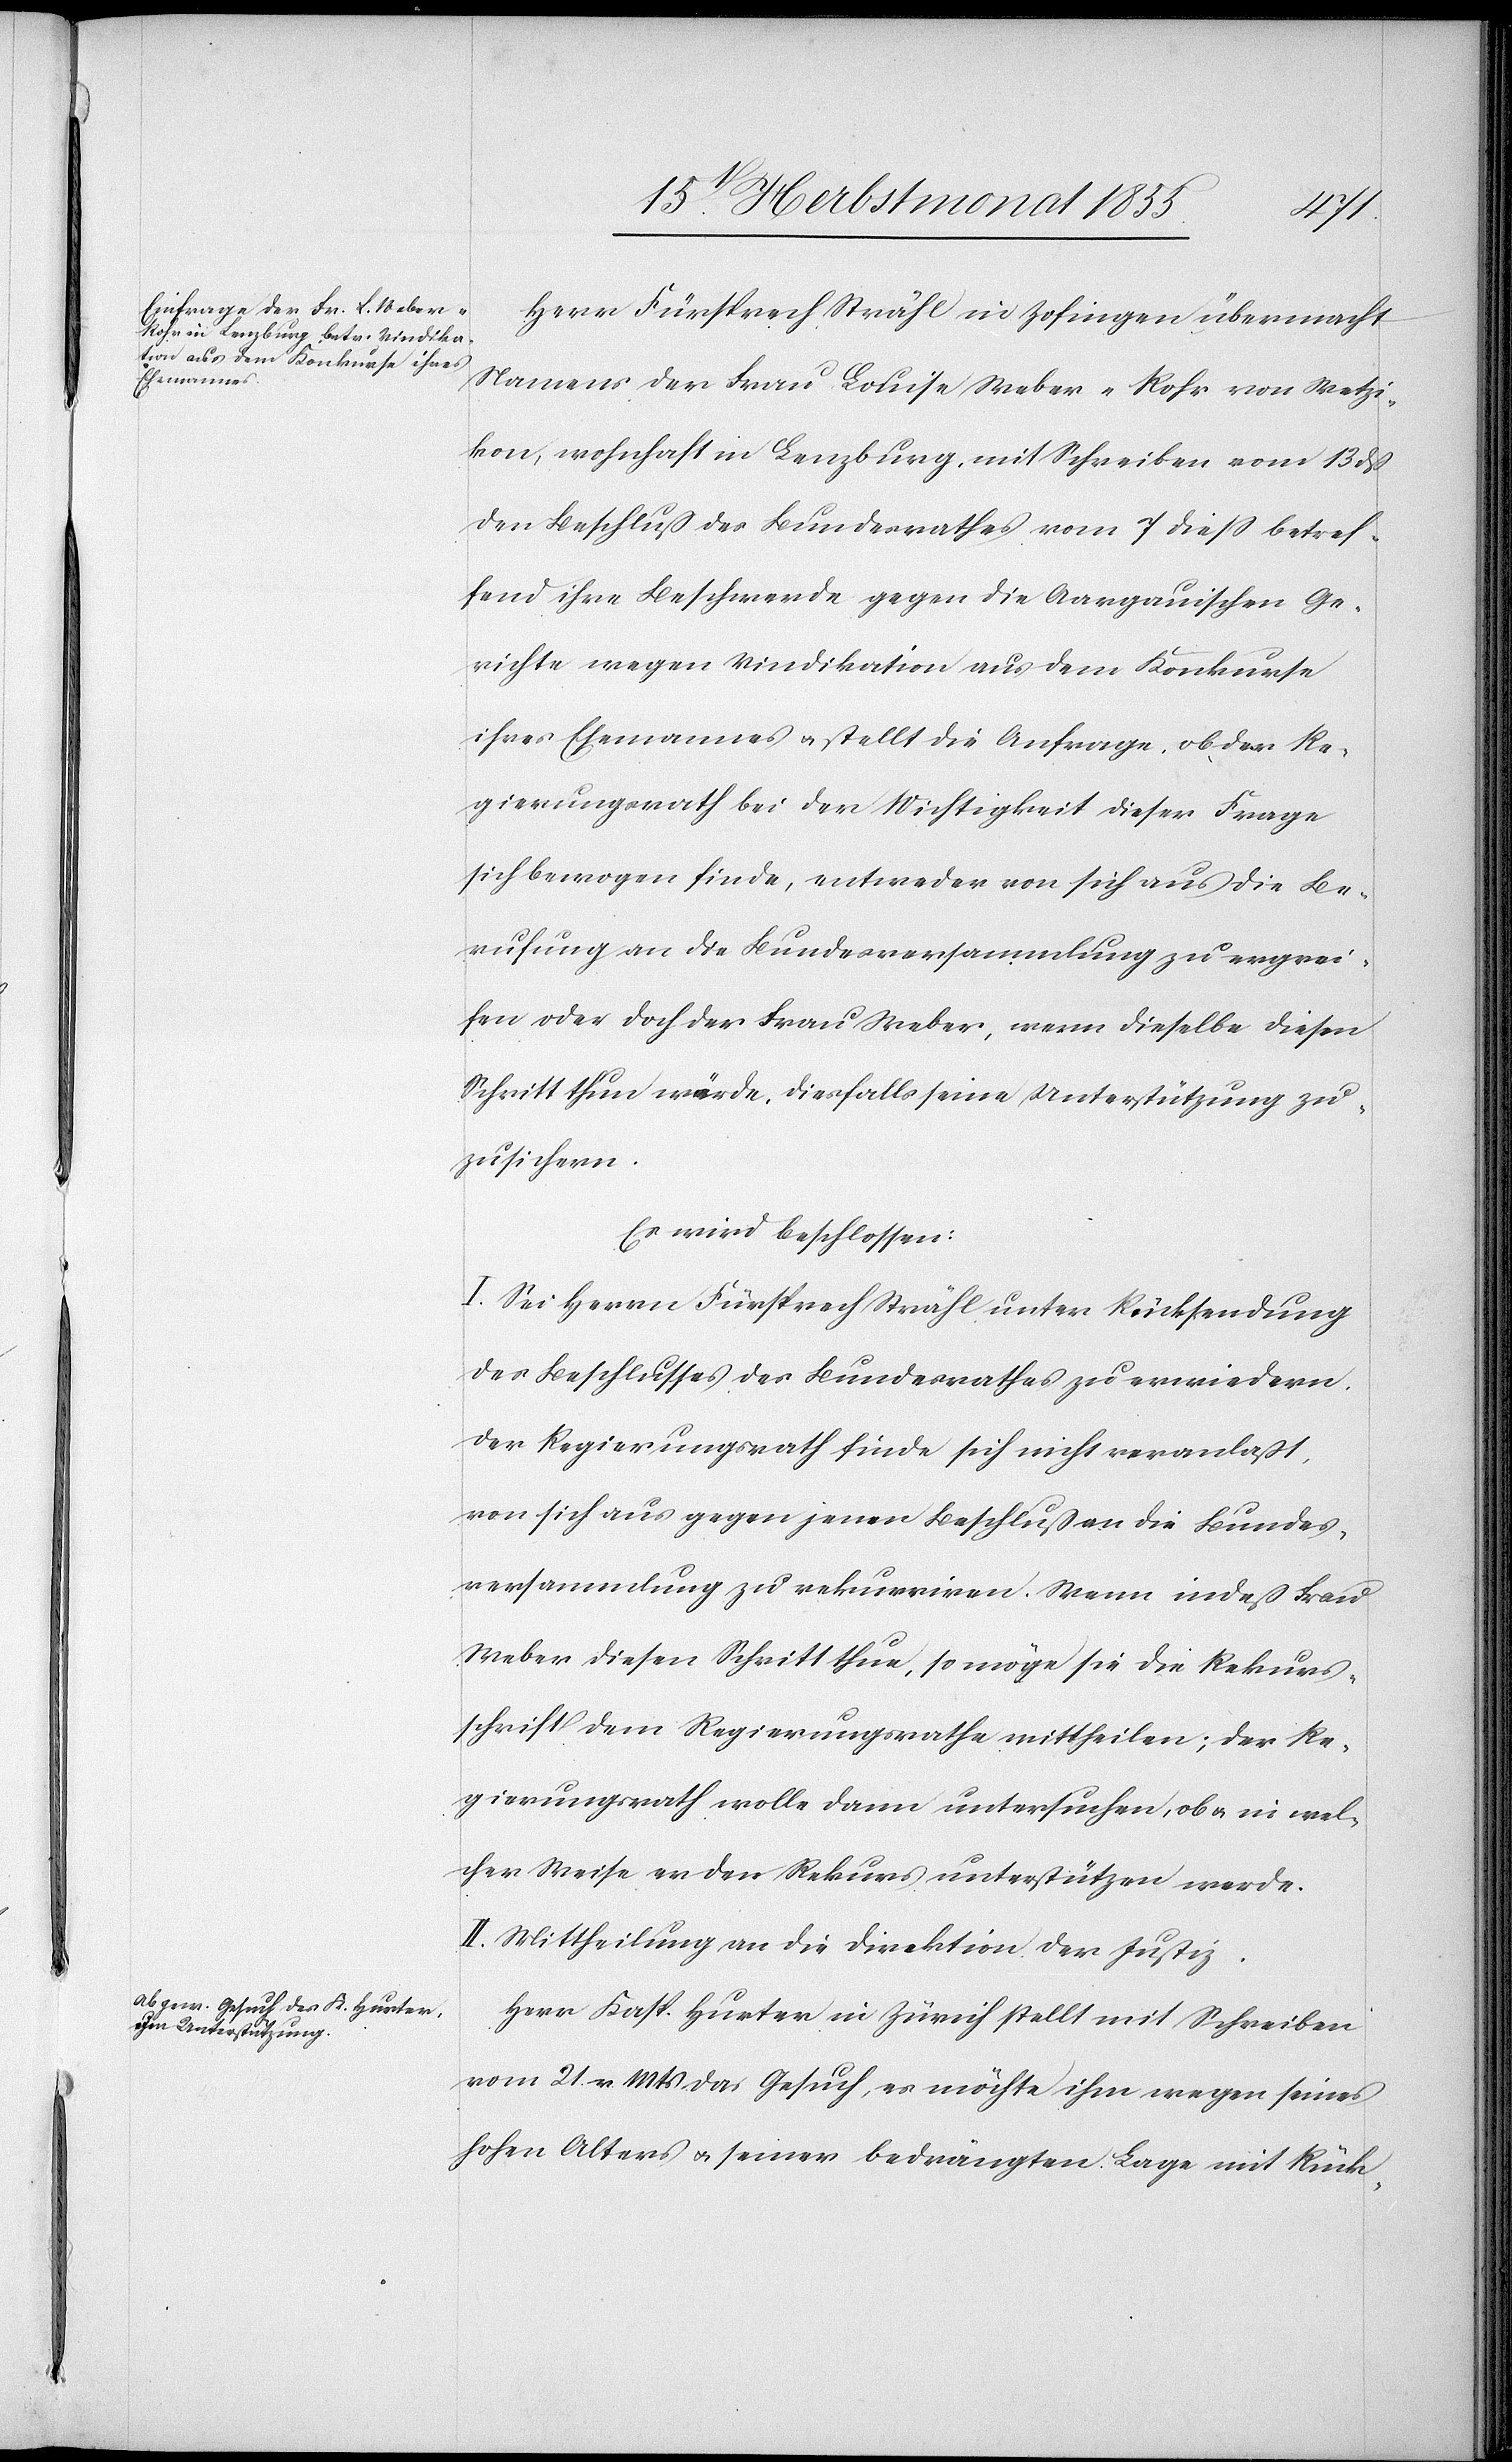
Herr Fürsprech Strähl in Zofingen übermacht
Namens der Frau Louise Weber-Rohr von Wetzi¬
kon, wohnhaft in Lenzburg, mit Schreiben vom 13 dß
den Beschluß des Bundesrathes vom 7 diess betref¬
fend ihre Beschwerde gegen die Aargauischen Ge¬
richte wegen Vindikation aus dem Konkurse
ihres Ehemannes & stellt die Anfrage, ob der Re¬
gierungsrath bei der Wichtigkeit dieser Frage
sich bewogen finde, entweder von sich aus die Be¬
rufung an die Bundesversammlung zu ergrei¬
fen oder doch der Frau Weber, wenn dieselbe diesen
Schritt thun würde, diesfalls seine Unterstützung zu¬
zusichern.
Es wird beschlossen:
I. Sei Herrn Fürsprech Strähl unter Rücksendung
des Beschlusses des Bundesrathes zu erwiedern,
der Regierungsrath finde sich nicht veranlaßt,
von sich aus gegen jenen Beschluß an die Bundes¬
versammlung zu rekurriren. Wenn indeß Frau
Weber diesen Schritt thue, so möge sie die Rekurs¬
schrift dem Regierungsrathe mittheilen; der Re¬
gierungsrath wolle dann untersuchen, ob & in wel¬
cher Weise er den Rekurs unterstützen werde.
II. Mittheilung an die Direktion der Justiz.
Herr Kasp. Hurter in Zürich stellt mit Schreiben
vom 21. v. Mts das Gesuch, es möchte ihm wegen seines
hohen Alters & seiner bedrängten Lage mit Rück-